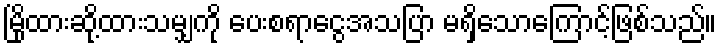
မြိုထားဆို့ထားသမျှကို ပေးစရာငွေအသပြာ မရှိသောကြောင့်ဖြစ်သည်။